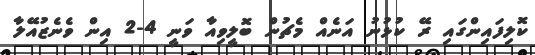
ކޮލިފައިންގައި ރޭ ކުޅުނު އަނެއް މެޗުން ބޮލީވިއާ ވަނީ 4-2 އިން ވެނެޒުއޭލާ